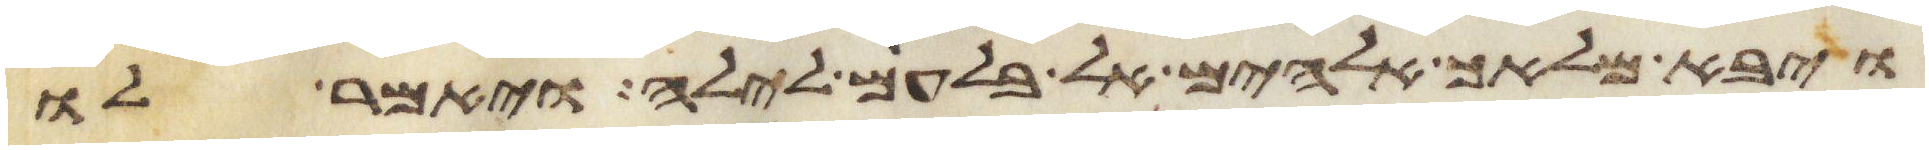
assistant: ויבא מלאך אלהים אל בלעם לילה ויאמר לו